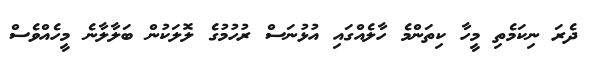
ދެރަ ނިކަމެތި މީހާ ކިތަންމެ ހާލެއްގައި އުޅުނަސް ރުހުމުގެ ލޮލަކުން ބަލާލާނެ މީހެއްވެސް